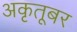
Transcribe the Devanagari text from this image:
अकृतूबर